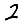
Digit: 2